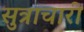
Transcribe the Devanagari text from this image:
सुत्राचारी